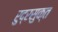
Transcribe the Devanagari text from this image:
रुद्रसुक्त